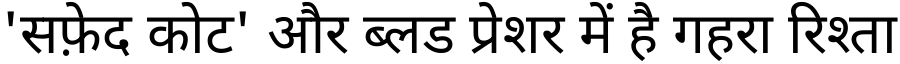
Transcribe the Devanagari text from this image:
'सफ़ेद कोट' और ब्लड प्रेशर में है गहरा रिश्ता